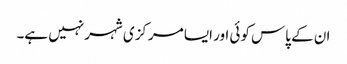
ان کے پاس کوئی اور ایسا مرکزی شہر نہیں ہے۔